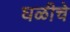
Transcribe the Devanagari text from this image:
घळीचे